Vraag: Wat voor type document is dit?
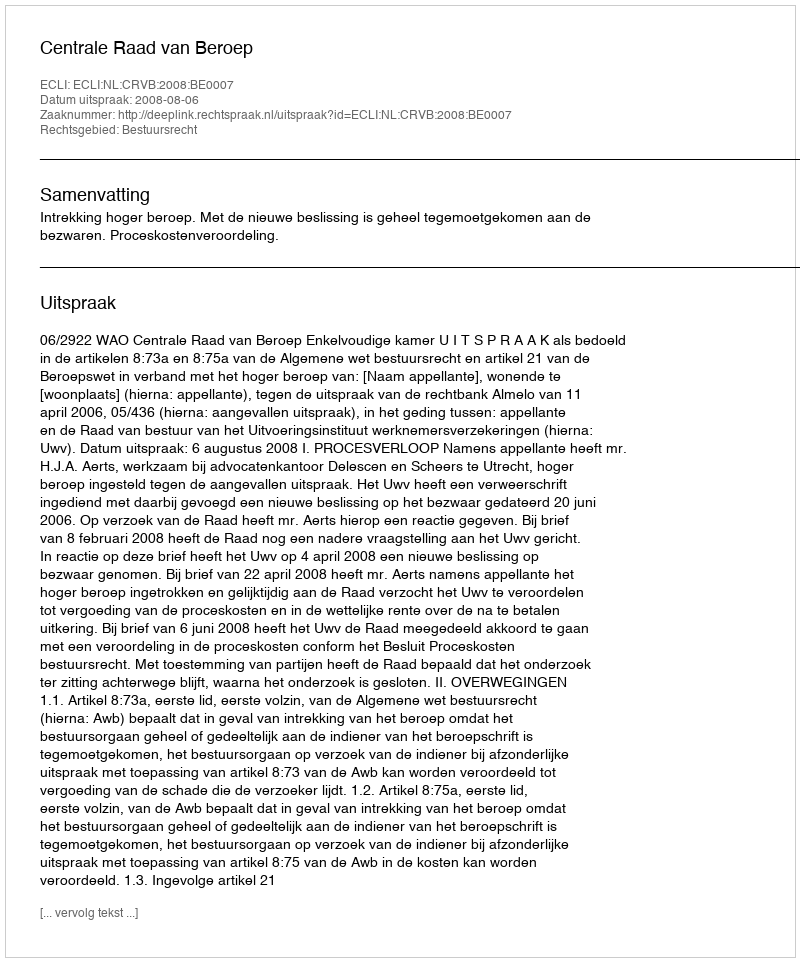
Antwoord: Uitspraak